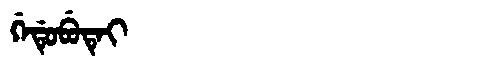
Manchu: ᡤᡝᡩᡠᠪᡠᡨᡝᡳ
Romanization: GEDUBUTEI